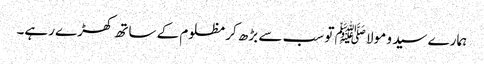
ہمارے سید و مولا ﷺ تو سب سے بڑھ کر مظلوم کے ساتھ کھڑے رہے۔